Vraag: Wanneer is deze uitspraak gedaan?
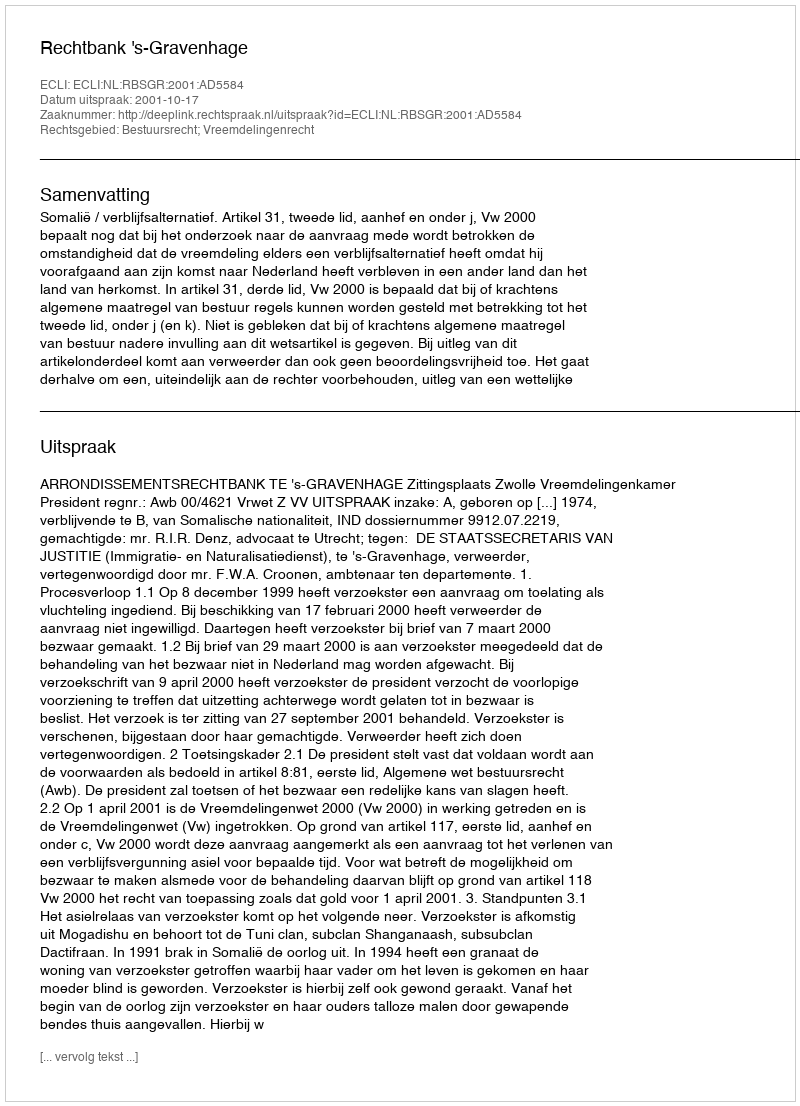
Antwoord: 2001-10-17